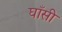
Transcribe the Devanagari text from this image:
घाँसी